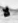
لا